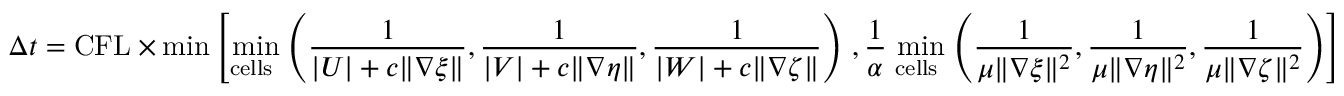
\Delta t = \mathrm { C F L } \times \operatorname* { m i n } \left[ \operatorname* { m i n } _ { \mathrm { c e l l s ~ } } \left( \frac { 1 } { | U | + c \| \nabla \xi \| } , \frac { 1 } { | V | + c \| \nabla \eta \| } , \frac { 1 } { | W | + c \| \nabla \zeta \| } \right) \right. , \frac { 1 } { \alpha } \left. \operatorname* { m i n } _ { \mathrm { c e l l s ~ } } \left( \frac { 1 } { \mu \| \nabla \xi \| ^ { 2 } } , \frac { 1 } { \mu \| \nabla \eta \| ^ { 2 } } , \frac { 1 } { \mu \| \nabla \zeta \| ^ { 2 } } \right) \right]